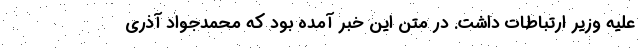
علیه وزیر ارتباطات داشت. در متن این خبر آمده بود که محمدجواد آذری